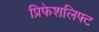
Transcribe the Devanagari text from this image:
प्रिफेशलिफ्ट